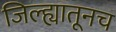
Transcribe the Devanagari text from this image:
जिल्ह्यातूनच